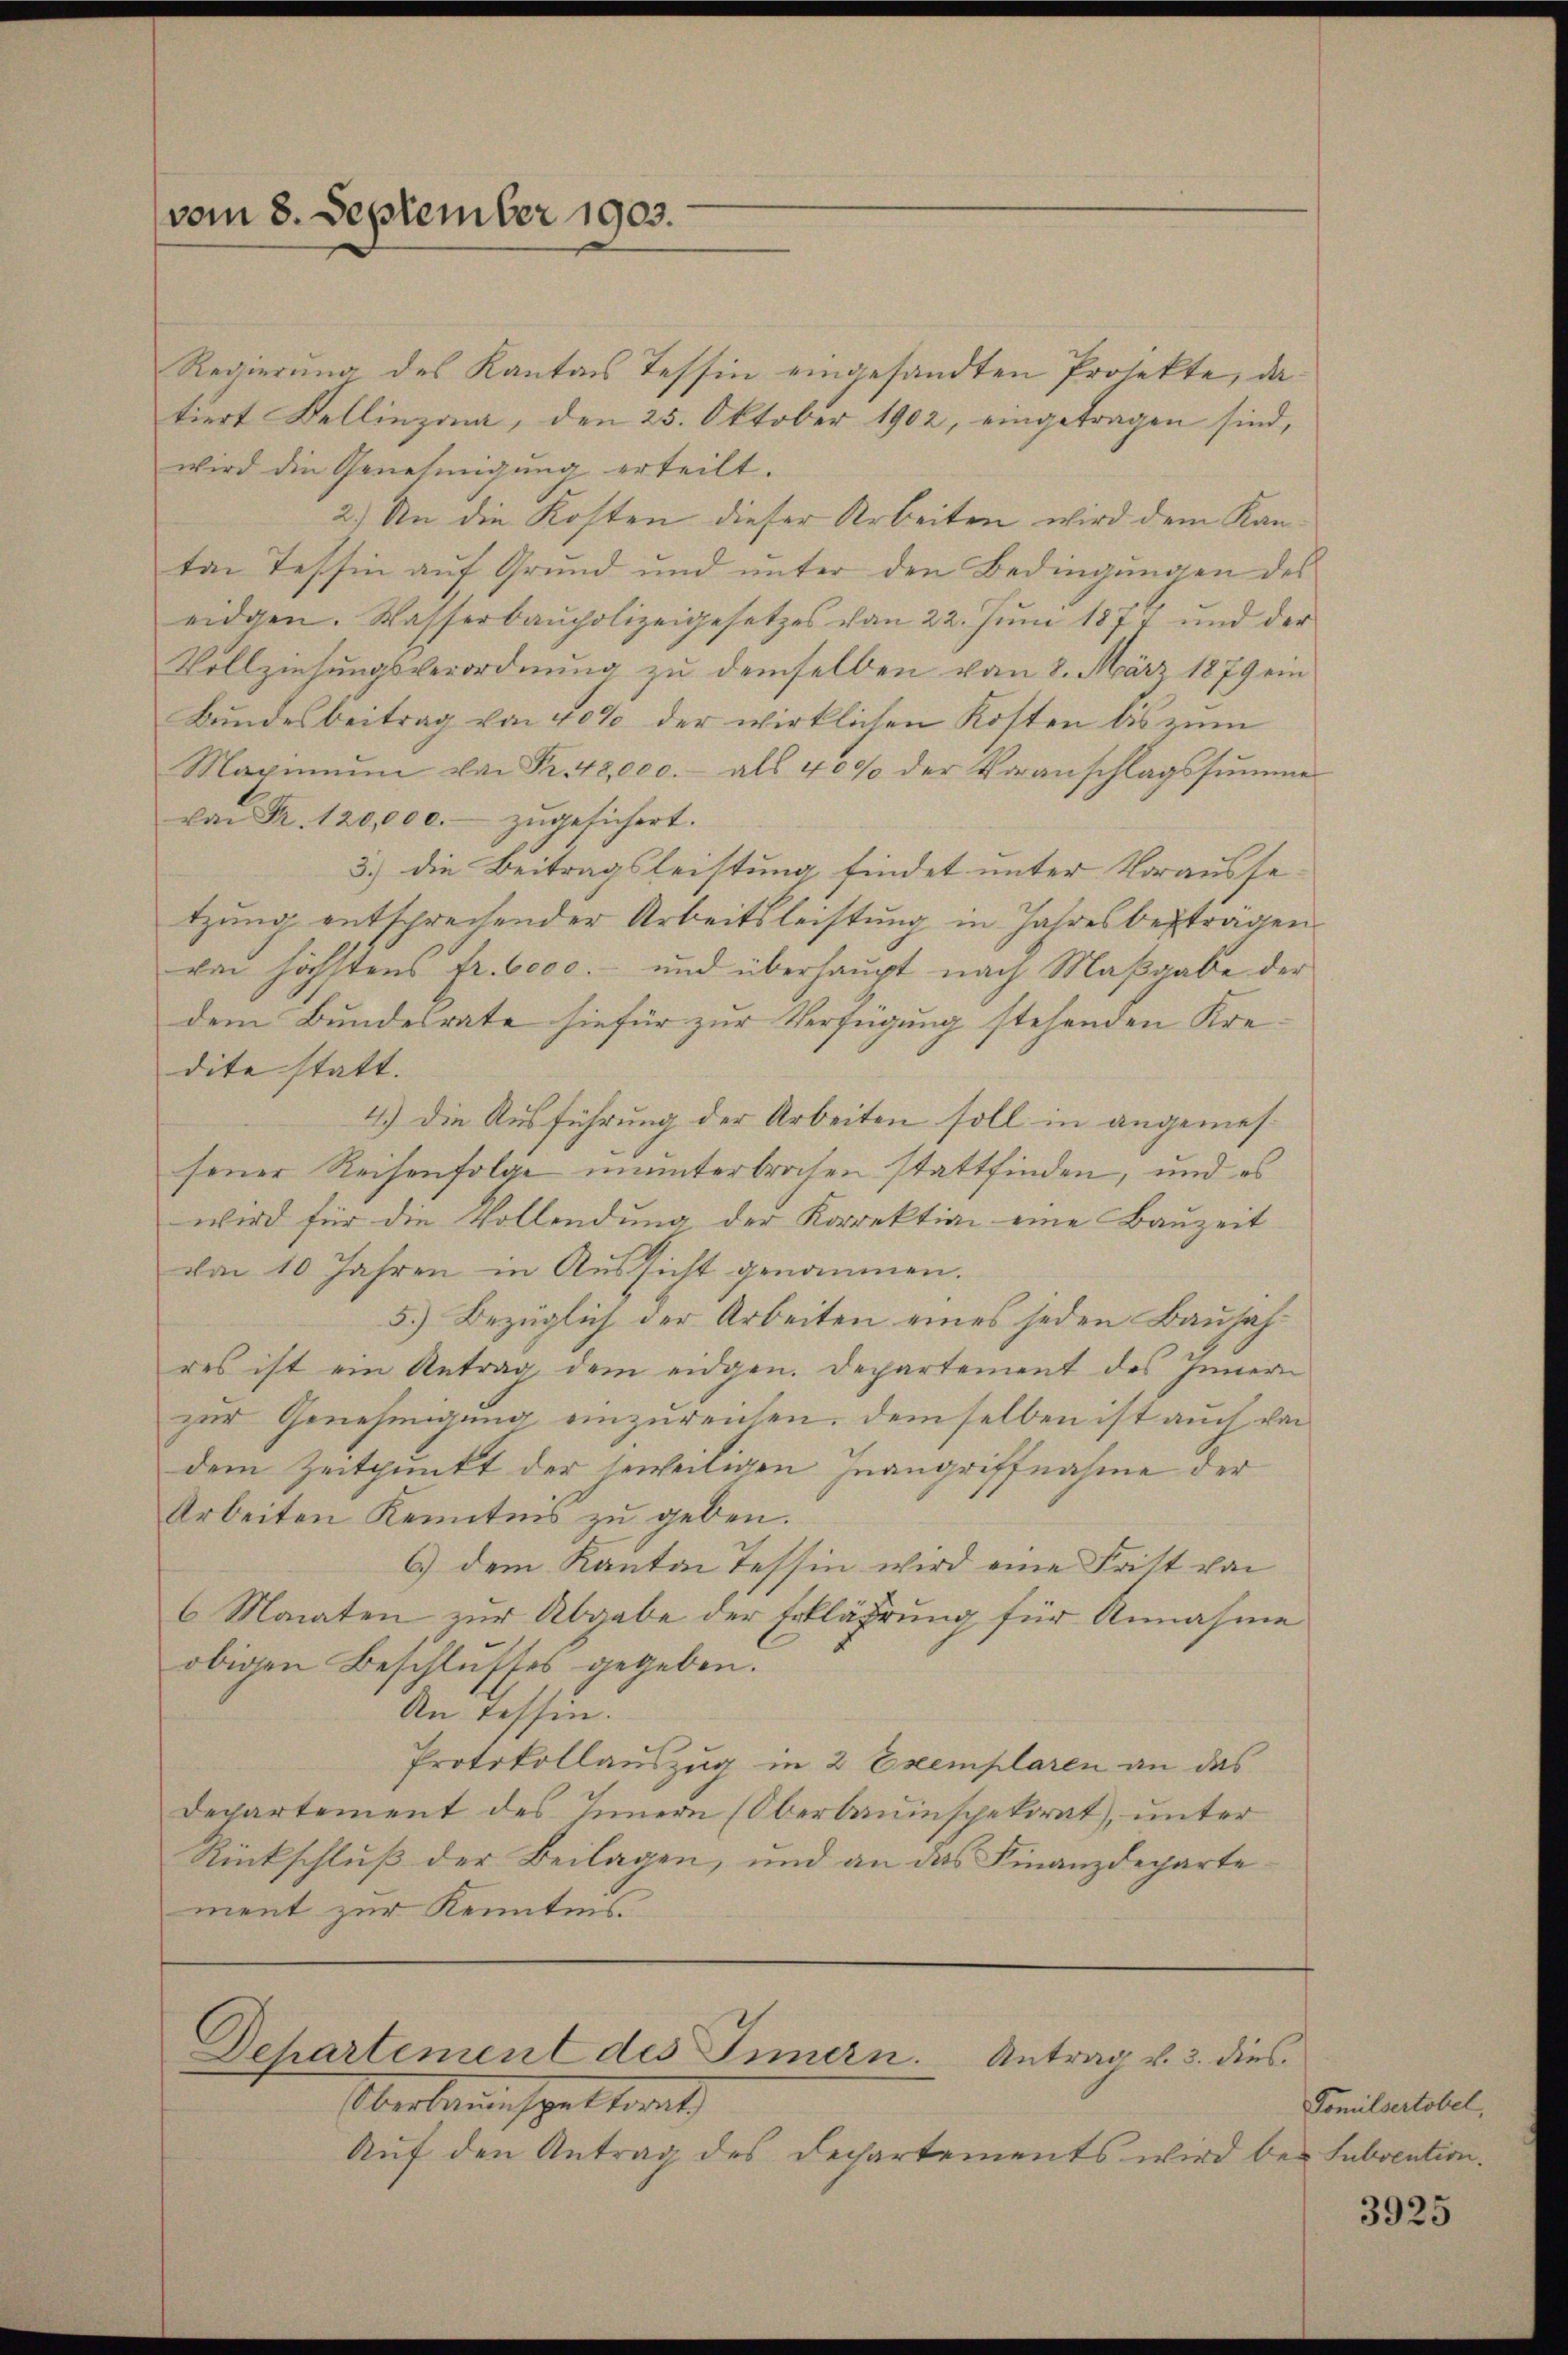
vom 8. September 1903.

Regierung des Kantons Tessin eingesandten Projekte, datiert Kellinzona, den 25. Oktober 1902, eingetragen sind,
wird die Genehmigung erteilt.
2.) An die Kosten dieser Arbeiten wird dem Kanten Tessin aŭf Grŭnd und ŭnter den Bedingŭngen des
eidgen. Wasserbaupolizeigesetzes von 22. Juni 1877 und der
Vollziehungsverordnung zu demselben vom 8. März 1879 ein
Bundesbeitrag von 40% der wirklichen Kosten bis zum
Maximŭm von Fr. 18,000.- als 40% der Voranschlagssŭmme
von Fr. 120,000.- zŭgesichert.
3.) die Beitragsleistung findet unter Vorausse
tzung entsprechender Arbeitsleistung in Jahresbesträgen
von höchstens fr. 6000.- und überhaupt nach Maβgabe der
dem Bundesrate hiefür zur Verfügung stehenden Kredite statt.
4.) Die Ausführung der Arbeiten soll in angemessener Reisenfolge ununterbrochen stattfinden, und es
wird für die Vollendung, der Korrektion eine Bauzeit
da 10 Jahren in Aussicht genommen.
5.) Bezüglich der Arbeiten eines jeden Bauhahres ist ein Antrag dem eidgen. Departement des Innern
zur Genehmigung einzureichen, demselben ist auch von
dem Zeitpunkt der jeweiligen Inangriffnahme der
Arbeiten Kenntnis zu geben.
6.) dem Kanton Tessin wird eine Frist von
6 Monaten zur Abgabe der Erklährung für Annahme
obigen Beschlusses gegeben.
An Tessin.
Protokollauszug in 2 Exemplaren an das
Departement des Innern (Oberbauinspekorat, unter
Rückschluß der Beilagen, und an das Finanzdepartement zur Kenntnis

Departement des Innern. Antrag v. 3. dies

Oberbauenspetterat
Auf den Antrag des Dechartements wird bei Subvention.

Fomilsertobel,

3925